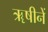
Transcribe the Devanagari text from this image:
ॠषीनें